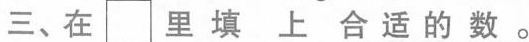
三、在\Box 里填上合适的数。